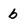
Character: b